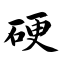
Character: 硬